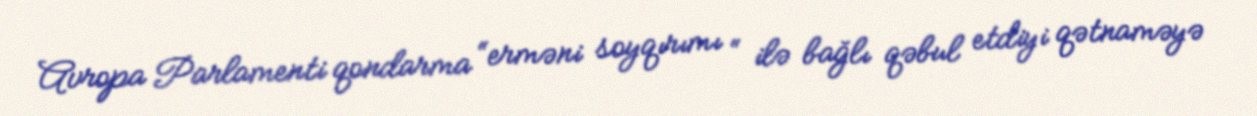
Avropa Parlamenti qondarma “erməni soyqırımı “ ilə bağlı qəbul etdiyi qətnaməyə